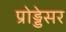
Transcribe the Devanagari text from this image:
प्रोड्डेसर